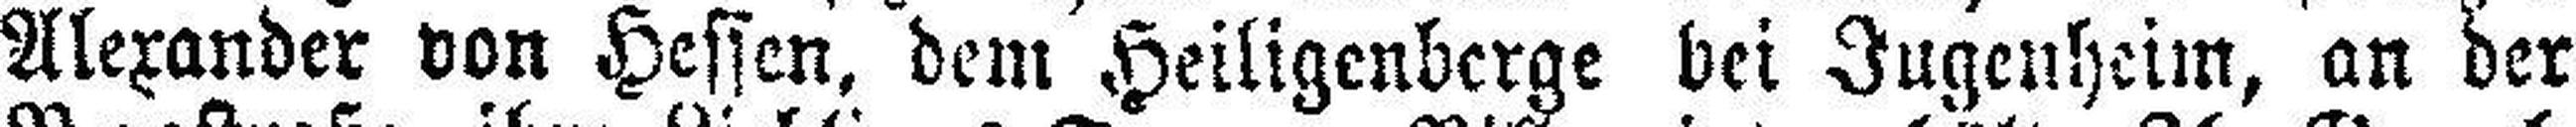
Alexander von Hessen, dem Heiligenberge bei Jugenheim, an der